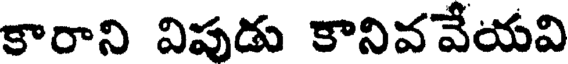
కారాని విపుడు కానివవేయవి